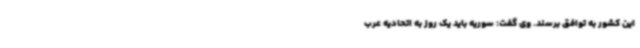
این کشور به توافق برسند. وی گفت: سوریه باید یک روز به اتحادیه عرب